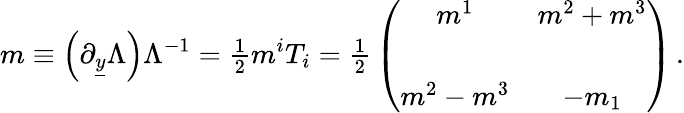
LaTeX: m\equiv\left(\partial_{\underline{{{y}}}}\Lambda\right)\Lambda^{-1}={\textstyle\frac{1}{2}}m^{i}T_{i}={\textstyle\frac{1}{2}}\left(\begin{array}{cc}{{m^{1}}}&{{m^{2}+m^{3}}}\\ {{}}&{{}}\\ {{m^{2}-m^{3}}}&{{-m_{1}}}\end{array}\right)\, .